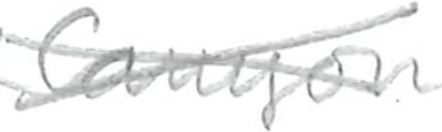
Text: Canyon
Cross-out: cross
Writing tool: pencil